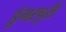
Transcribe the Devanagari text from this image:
डुंगरपुरी